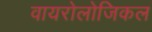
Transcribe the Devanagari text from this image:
वायरोलोजिकल